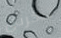
تذكرنى